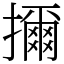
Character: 擟